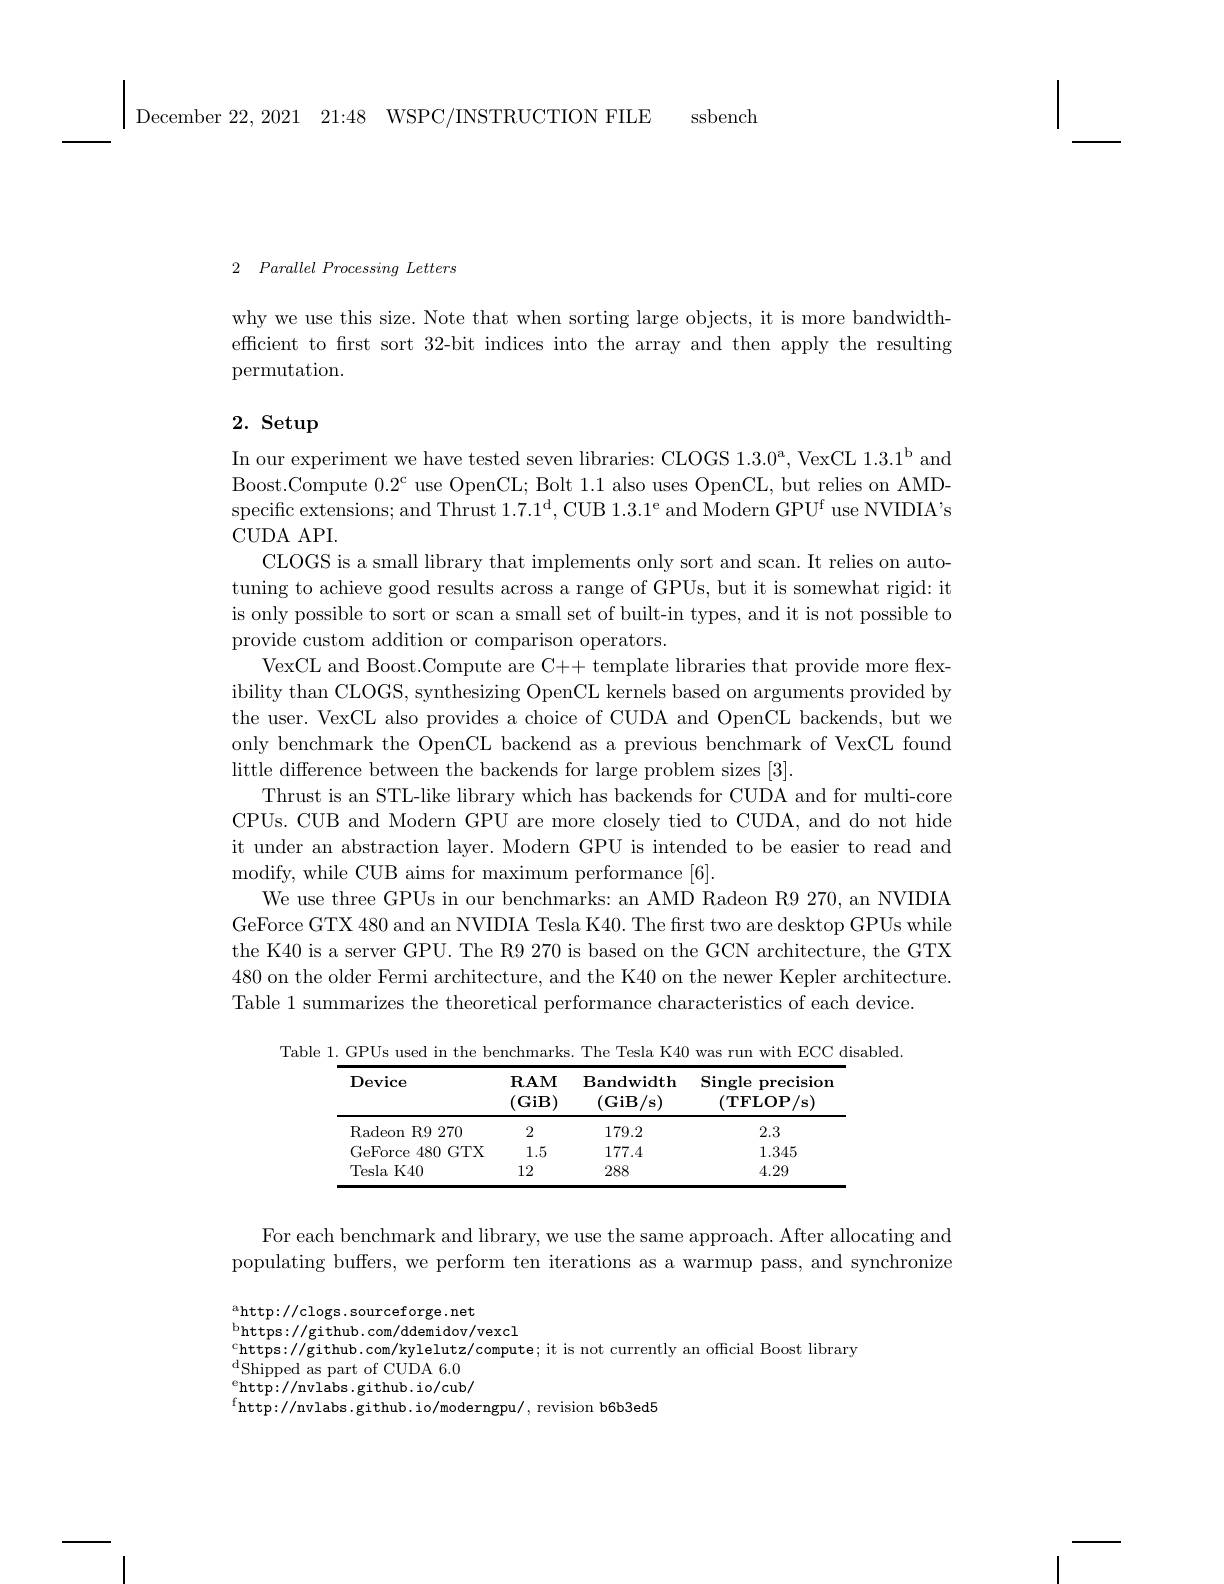
${\mathrm{December~22,~2021~21:48~WSPC/INSTRUCTION~FILE}}$

ssbench

2 $Parallel\textit{Processing Letters}$

why we use this size. Note that when sorting large objects, it is more bandwidtheffcient to frst sort 32-bit indices into the array and then apply the resulting permutation.

# 2. Setup

In our experiment we have tested seven libraries: CLOGS $1.3.0^\mathrm{a}$, VexCL $1.3.1^\mathrm{b}$ and Boost.Compute $0.2^{\mathrm{c}}$ use OpenCL; Bolt 1.1 also uses OpenCL, but relies on AMDspecific extensions; and Thrust $1.7.1^\mathrm{d}$, CUB 1.3.1$^\mathrm{e}$ and Modern GPUf use NVIDIA's CUDA API.
CLOGS is a small library that implements only sort and scan. It relies on autotuning to achieve good results across a range of GPUs, but it is somewhat rigid: it is only possible to sort or scan a small set of built-in types, and it is not possible to provide custom addition or comparison operators.
VexCL and Boost.Compute are C++ template libraries that provide more flexibility than CLOGS, synthesizing OpenCL kernels based on arguments provided by the user. VexCL also provides a choice of CUDA and OpenCL backends, but we only benchmark the OpenCL backend as a previous benchmark of VexCL found little difference between the backends for large problem sizes [3].
Thrust is an STL-like library which has backends for CUDA and for multi-core CPUs. CUB and Modern GPU are more closely tied to CUDA, and do not hide it under an abstraction layer. Modern GPU is intended to be easier to read and modify, while CUB aims for maximum performance [6].
We use three GPUs in our benchmarks: an AMD Radeon R9 270, an NVIDIA GeForce GTX 480 and an NVIDIA Tesla K40. The first two are desktop GPUs while the K40 is a server GPU. The R9 270 is based on the GCN architecture, the GTX 480 on the older Fermi architecture, and the K40 on the newer Kepler architecture. Table 1 summarizes the theoretical performance characteristics of each device.

Table 1. GPUs used in the benchmarks. The Tesla K40 was run with ECC disabled.
<table>
	<tbody>
		<tr>
			<th>$\mathbf{Device}$</th>
			<th>$\mathbf{RAM}$ (GiB)</th>
			<th>Bandwidth $(\mathbf{G}$iB$/\mathbf{s})$</th>
			<th>$\operatorname{Single}$ ${\mathrm{precision}}$ 1 $(\mathbf{TFLOP/s})$</th>
		</tr>
		<tr>
			<td>Radeon $\textbf{n R9 270}$</td>
			<td>2</td>
			<td>179.2</td>
			<td>2.3</td>
		</tr>
		<tr>
			<td>GeForce 480 GTX</td>
			<td>1.5</td>
			<td>177.4</td>
			<td>1.345</td>
		</tr>
		<tr>
			<td>Tesla K40</td>
			<td>12</td>
			<td>288</td>
			<td>4.29</td>
		</tr>
	</tbody>
</table>

For each benchmark and library, we use the same approach. After allocating and populating buffers, we perform ten iterations as a warmup pass, and synchronize

ahttp: / / clogs. sourceforge. net
bhttps: / / github. com/ ddemidov/ vexcl
chttps: / / github. com/ kylelutz/ compute; it is not currently an official Boost library dShipped as part of CUDA 6. 0 ebttr. / ( n- n) berithub i/ anb
$\underset{c}{\operatorname*{\operatorname*{e}}}$http://nvlabs.github.io/cub/
fhttp://nvlabs.github.io/moderngpu/, revision b6b3ed5